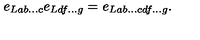
e _ { L a b . . . c } e _ { L d f . . . g } = e _ { L a b . . . c d f . . . g } . \nonumber